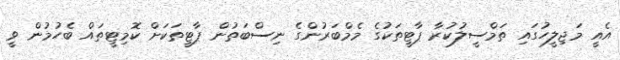
އެއީ މަޖިލީހުގައި ތަމްސީލުކުރާ ޕާޓީތަކުގެ މެމްބަރުންގެ ނިސްބަތުން ޕާޓީތަކަށް ކޮމިޓީތައް ބެހުމުން ވީ